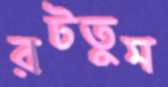
রটতুম